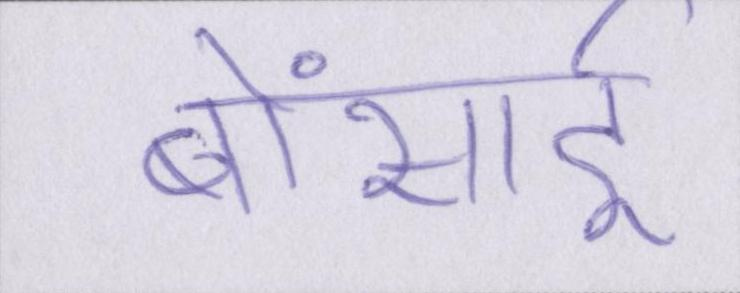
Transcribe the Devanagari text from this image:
बोंसाई